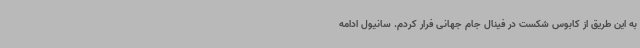
به این طریق از کابوس شکست در فینال جام جهانی فرار کردم. سانیول ادامه